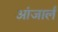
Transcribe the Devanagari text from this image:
आंजार्लं